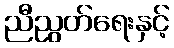
ညီညွတ်ရေးနှင့်